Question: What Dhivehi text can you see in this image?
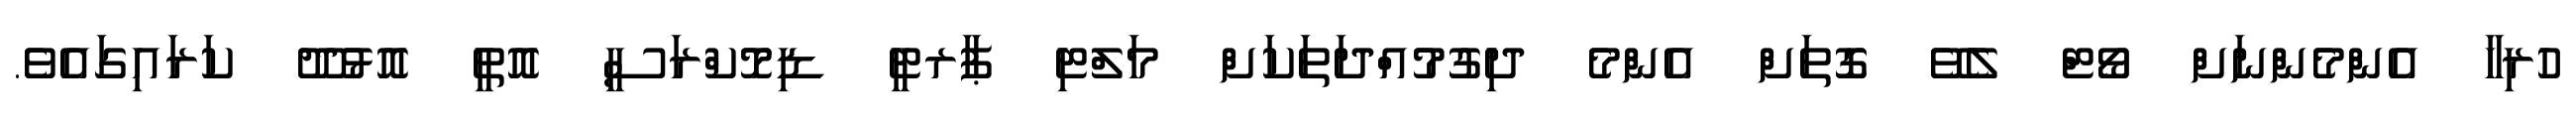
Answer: ހުރިހާ އެންމެންނަށް ވޯޓް ލެވޭ ގޮތަށް އެންމެ ދިގުމުއްދަތަކަށް މަލްޓި ޕާރޓީ ޑިމޮކްރަސީ އޮތީ އޮޅުދޫ ކަރައިގައެވެ.